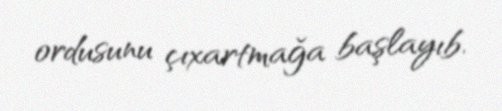
ordusunu çıxartmağa başlayıb.